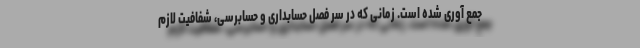
جمع آوری شده است. زمانی که در سر فصل حسابداری و حسابرسی، شفافیت لازم